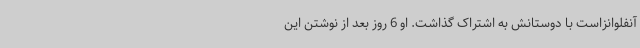
آنفلوانزاست با دوستانش به اشتراک گذاشت. او 6 روز بعد از نوشتن این